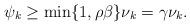
LaTeX: \begin{align*}\psi_k \ge \min \{ 1, \rho \beta \} \nu_k = \gamma \nu_k.\end{align*}